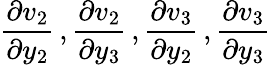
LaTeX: \frac{\partial v_{2}}{\partial y_{2}}\, ,\frac{\partial v_{2}}{\partial y_{3}}\, ,\frac{\partial v_{3}}{\partial y_{2}}\, ,\frac{\partial v_{3}}{\partial y_{3}}